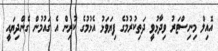
އޮއިލް މިނިސްޓަރު ވިދާޅުވީ ދަތިކުރުމުގެ ފިޔަވަޅު އެޅުމުގެ ކުރިން އެ ގައުމުން ގެންދިޔައީ